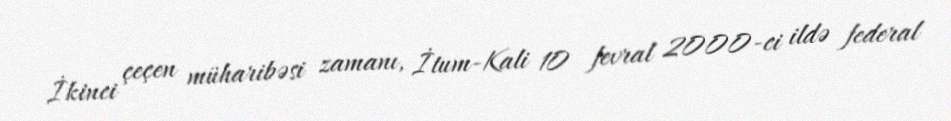
İkinci çeçen müharibəsi zamanı, İtum-Kali 10 fevral 2000-ci ildə federal